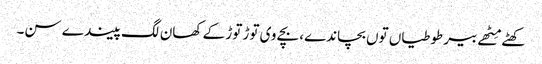
کھٹے مِٹھے بیر طوطیاں توں بچاندے، بچے وی توڑ توڑ کے کھان لگ پیندے سن۔